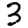
Digit: 3